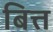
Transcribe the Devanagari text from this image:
बित्त